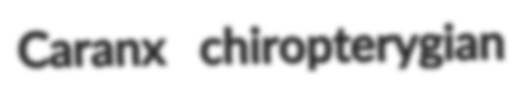
Caranx chiropterygian